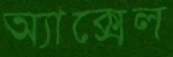
অ্যাক্সেল